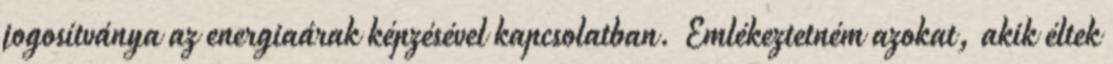
jogosítványa az energiaárak képzésével kapcsolatban. Emlékeztetném azokat, akik éltek